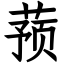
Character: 蓣